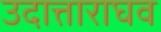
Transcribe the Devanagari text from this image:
उदात्ताराघव